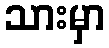
သားမှာ